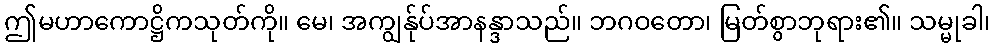
ဤမဟာကောဋ္ဌိကသုတ်ကို။ မေ၊ အကျွန်ုပ်အာနန္ဒာသည်။ ဘဂဝတော၊ မြတ်စွာဘုရား၏။ သမ္မုခါ၊